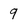
Character: 9